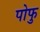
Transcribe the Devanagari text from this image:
पोफु